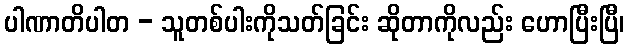
ပါဏာတိပါတ - သူတစ်ပါးကိုသတ်ခြင်း ဆိုတာကိုလည်း ဟောပြီးပြီ၊